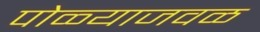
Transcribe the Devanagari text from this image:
पोळ्याजवळ